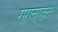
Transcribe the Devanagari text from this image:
गगनातुन